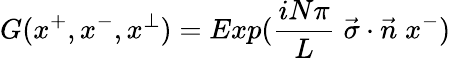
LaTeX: G(x^{+},x^{-},x^{\perp})=Exp({\frac{iN\pi}{L}}\; \vec{\sigma}\cdot\vec{n}\; x^{-})